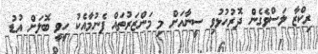
ރިކްޒާ ލަސްވެގެން ދޮރުހުޅުވި ސީނާއަށް މި މަންޒަރުތައް ފެނުމާއެކު ހީވީ ބޮލަށް އުޑު